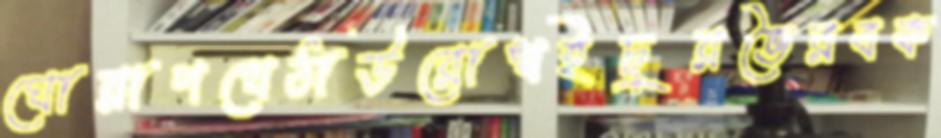
ঘোরাপথেঠাউরোখইচুরভৈরবক